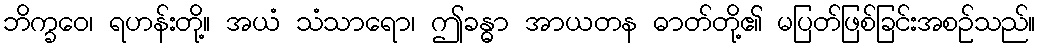
ဘိက္ခဝေ၊ ရဟန်းတို့။ အယံ သံသာရော၊ ဤခန္ဓာ အာယတန ဓာတ်တို့၏ မပြတ်ဖြစ်ခြင်းအစဉ်သည်။